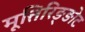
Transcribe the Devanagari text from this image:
मूत्तिरिङ्ङोट